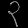
Digit: ၃